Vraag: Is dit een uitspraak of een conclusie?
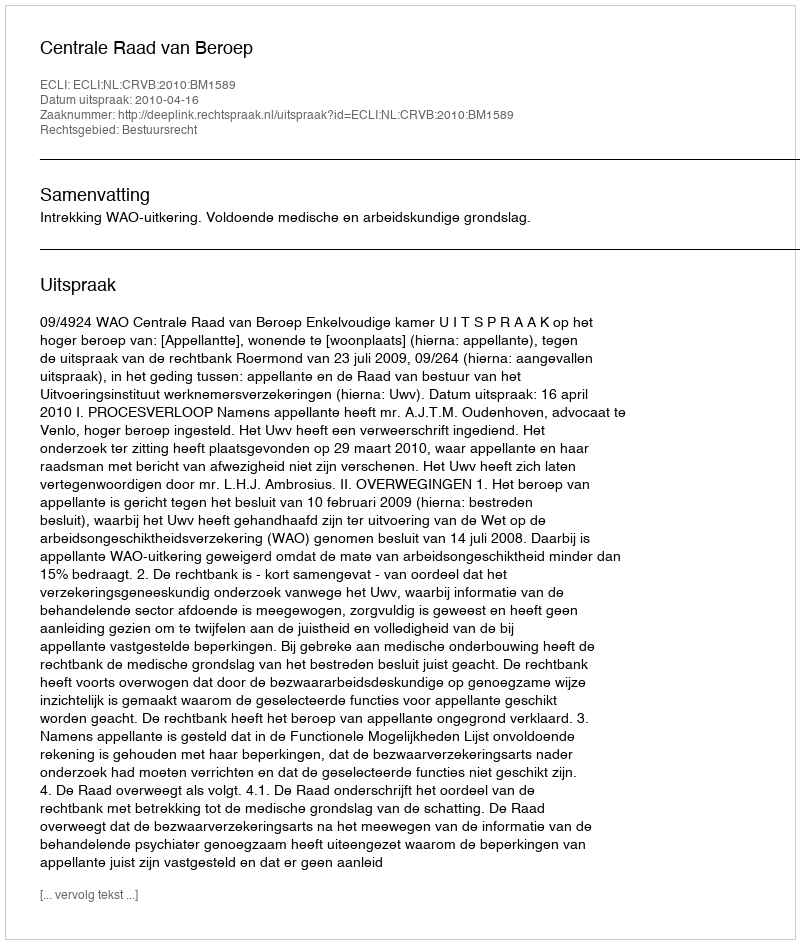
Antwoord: Uitspraak